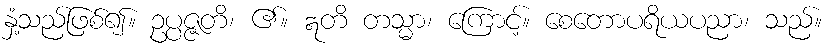
နှံ့သည်ဖြစ်၍။ ဥပ္ပဇ္ဇတိ၊ ၏။ ဣတိ တသ္မာ၊ ကြောင့်။ စေတောပရိယပညာ၊ သည်။